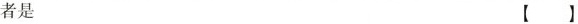
者是[]